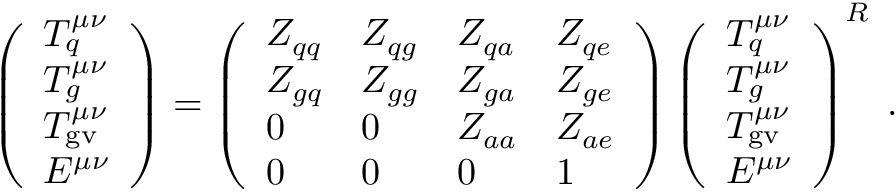
\left( \begin{array} { l } { { T _ { q } ^ { \mu \nu } } } \\ { { T _ { g } ^ { \mu \nu } } } \\ { { T _ { \mathrm { g v } } ^ { \mu \nu } } } \\ { { E ^ { \mu \nu } } } \end{array} \right) = \left( \begin{array} { l l l l } { { Z _ { q q } } } & { { Z _ { q g } } } & { { Z _ { q a } } } & { { Z _ { q e } } } \\ { { Z _ { g q } } } & { { Z _ { g g } } } & { { Z _ { g a } } } & { { Z _ { g e } } } \\ { { 0 } } & { { 0 } } & { { Z _ { a a } } } & { { Z _ { a e } } } \\ { { 0 } } & { { 0 } } & { { 0 } } & { { 1 } } \end{array} \right) \left( \begin{array} { l } { { T _ { q } ^ { \mu \nu } } } \\ { { T _ { g } ^ { \mu \nu } } } \\ { { T _ { \mathrm { g v } } ^ { \mu \nu } } } \\ { { E ^ { \mu \nu } } } \end{array} \right) ^ { R } \; .